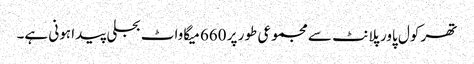
تھر کول پاور پلانٹ سے مجموعی طور پر 660 میگاواٹ بجلی پیدا ہونی ہے۔